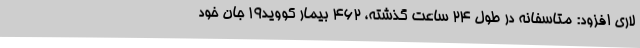
لاری افزود: متاسفانه در طول 24 ساعت گذشته، 462 بیمار کووید19 جان خود